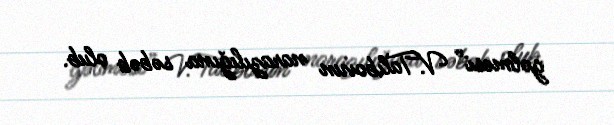
gəlməsi” V.Talıbovun narazılığına səbəb olub.